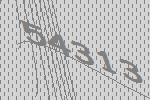
54313